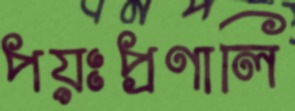
পয়ঃপ্রণালি